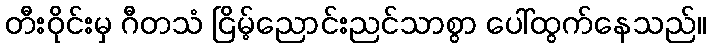
တီးဝိုင်းမှ ဂီတသံ ငြိမ့်ညောင်းညင်သာစွာ ပေါ်ထွက်နေသည်။